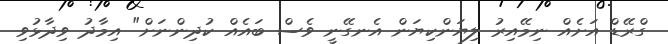
ގްރޭޑް އަށެއް ނިމޭއިރު ލިޔަންކިޔަން އެނގޭނީ ވެސް ބައެއް ކުދިންނަށް" އިމާދު ވިދާޅުވި